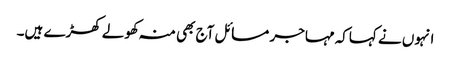
انہوں نے کہاکہ مہاجر مسائل آج بھی منہ کھولے کھڑے ہیں۔